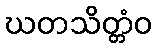
ဃတသိတ္တံဝ